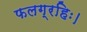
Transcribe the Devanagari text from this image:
फलग्रहिः।